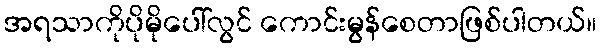
အရသာကိုပိုမိုပေါ်လွင် ကောင်းမွန်စေတာဖြစ်ပါတယ်။